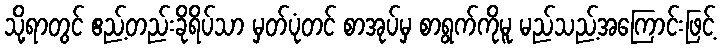
သို့ရာတွင် ဧည့်တည်းခိုရိပ်သာ မှတ်ပုံတင် စာအုပ်မှ စာရွက်ကိုမူ မည်သည့်အကြောင်းဖြင့်